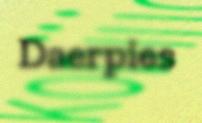
Daerpies